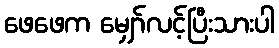
ဖေဖေက မျှော်လင့်ပြီးသားပါ